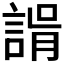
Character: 𧩑